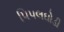
પિપલઘોડી